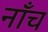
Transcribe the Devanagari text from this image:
नाँच